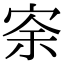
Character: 𡨀